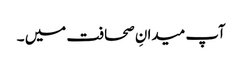
آپ میدانِ صحافت میں ۔